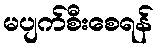
မပျက်စီးစေရန်